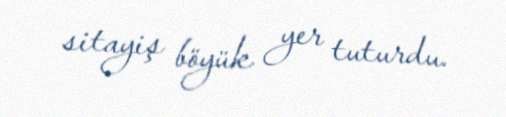
sitayiş böyük yer tuturdu.